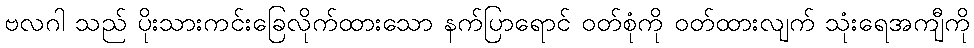
ဗလဂါ သည် ပိုးသားကင်းခြေလိုက်ထားသော နက်ပြာရောင် ဝတ်စုံကို ဝတ်ထားလျက် သုံးရေအကျီကို